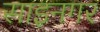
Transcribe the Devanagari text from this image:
साइनगर